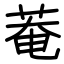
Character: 菴